Vaccine operations Central Provinces 1868-1885 - 1868-1885
Year: 1868
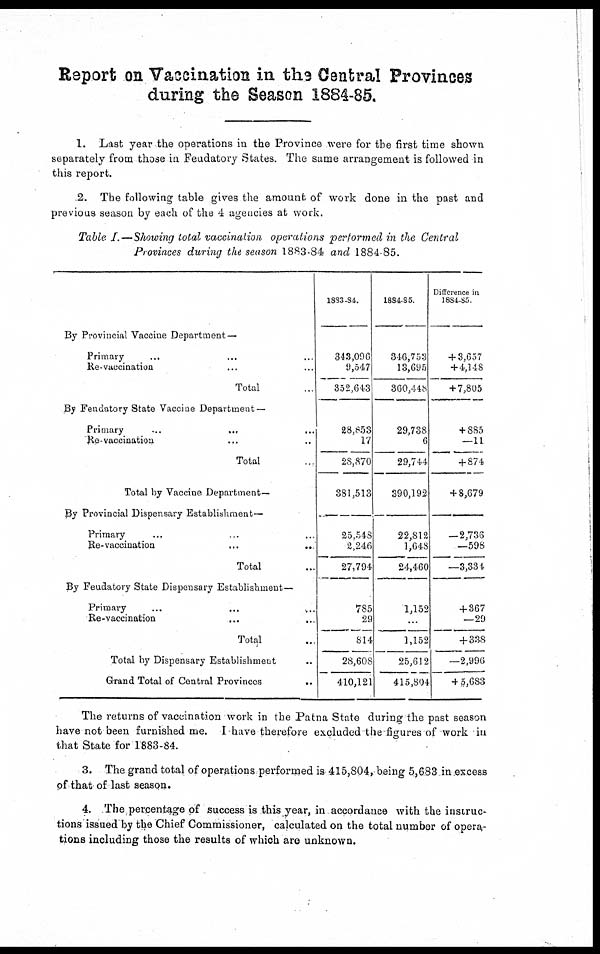
Report on Vaccination in the Central Provinces
during the Season 1884-85.
1. Last year the operations in the Province were for the first time shown
separately from those in Feudatory States. The same arrangement is followed in
this report.
2. The following table gives the amount of work done in the past and
previous season by each of the 4 agencies at work.
Table I.—Showing total vaccination operations performed in the Central
Provinces during the season 1883-84 and 1884-85.
By Provincial Vaccine Department—
Primary ... ... ...
Re-vaccination ... ... ...
Total ...
By Feudatory State Vaccine Department —
Primary
...
...
...
Re-vaccination ... ... ...
Total ...
Total by Vaccine Department—
By Provincial Dispensary Establishment—
Primary ... ... ...
Re-vaccination
...
...
...
Total ...
By Feudatory State Dispensary Establishment—
Primary
...
...
...
Re-vaccination ... ... ...
Total ...
Total by Dispensary Establishment ...
Grand Total of Central Provinces ...
1883-84.
343,096
9,547
352,643
28,853
17
28,870
381,513
25,548
2,246
27,794
785
29
814
28,608
410,121
1884-85.
346,753
13,695
360,448
29,738
6
29,744
390,192
22,812
1,648
24,460
1,152
...
1,152
25,612
415,804
Difference in
1884-85.
+ 3,657
+4,148
+ 7,805
+ 885
—11
+ 874
+ 8,679
—2,736
—598
—3,334
+ 367
—29
+ 338
—2,996
+ 5,683
The returns of vaccination work in the Patna State during the past season
have not been furnished me. I have therefore excluded the figures of work in
that State for 1883-84.
3. The grand total of operations performed is 415,804, being 5,683 in excess
of that of last season.
4. The percentage of success is this year, in accordance with the instruc-
tions issued by the Chief Commissioner, calculated on the total number of opera-
tions including those the results of which are unknown.